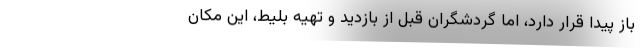
باز پیدا قرار دارد، اما گردشگران قبل از بازدید و تهیه بلیط، این مکان